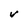
Character: V